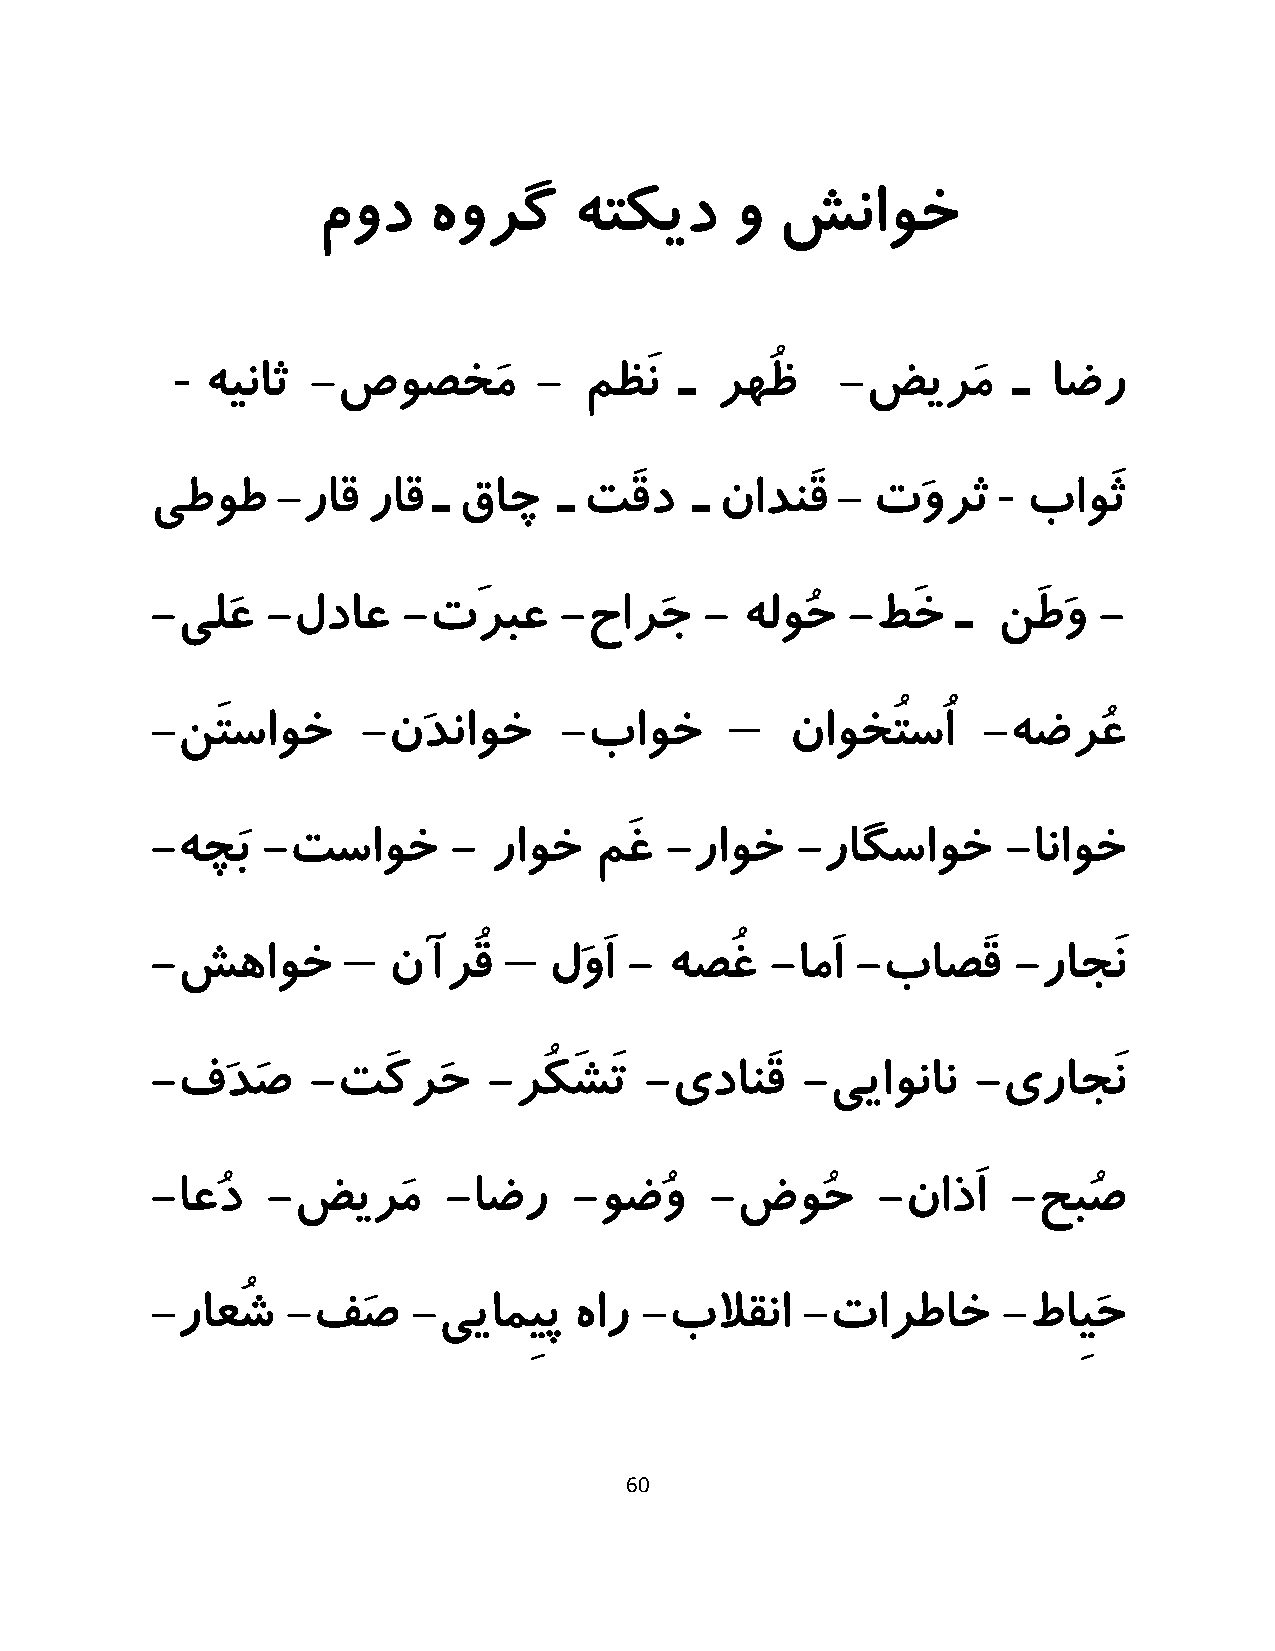
مود    هورگ      هتکید     و  شناوخ
 -
 هیناث  -صوصخَم       -   مظَن  ـ رهُظ     -ضیرَم     ـ  اضر
 -
 یطوط    -راق  راق  ـ قاچ   ـ تَقد   ـ نادنَق -  تَورث     باوَث
 -یلَع   -لداع    -تَربع    -حارَج    - هلوُح  -طَخ   ـ  نَطَو  -
 –
 -نَتساوخ      -نَدناوخ     -باوخ          ناوخُتسُا    -هضرُع
 -هچَب  -تساوخ       - راوخ   مَغ  -راوخ    -راگساوخ      -اناوخ
 –         –
 -شهاوخ          نآرُق     لَوَا - هصُغ   -امَا -باصَق    -راجَن
 -فَدَص     -تَکرَح    -رُکَشَت   -یدانَق   -ییاونان    -یراجَن
 -اعُد   -ضیرَم     -اضر     -وضُو    -ضوُح      -ناذَا   -حبُص
 -راعُش   -فَص    -ییامِیپ   هار -بلاقنا    -تارطاخ      -طاِیَح
 60